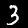
Label: 3